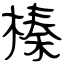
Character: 榛